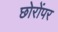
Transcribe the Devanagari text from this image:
छोरोंपर